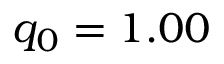
q _ { 0 } = 1 . 0 0